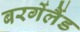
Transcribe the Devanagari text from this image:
बरगेंलैंड